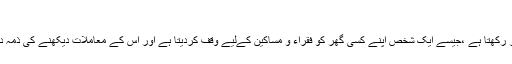
[14]
اب اس وقف کا نگہبان ، ذمہ دار(Supervisor)اس میں مطلوبہ ہدف کی تکمیل کے تصرّفات کا اختیار رکھتا ہے ،جیسے ایک شخص اپنے کسی گھر کو فقراء و مساکین کےلیے وقف کردیتا ہے اور اس کے معاملات دیکھنے کی ذمہ داری عبد اللہ کو سونپتا ہے تو عبداللہ کو اس میں مطلوبہ مقصد کی تکمیل کے لئےتصرّف کا اختیار ہے۔